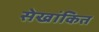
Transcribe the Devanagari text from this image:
सेखांकित